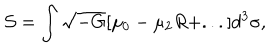
{ \cal S } = \int \sqrt { - G } [ \mu _ { 0 } - \mu _ { 2 } R + . . . ] d ^ { 3 } \sigma ,